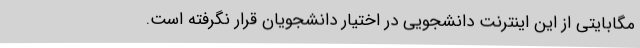
مگابایتی از این اینترنت دانشجویی در اختیار دانشجویان قرار نگرفته است.